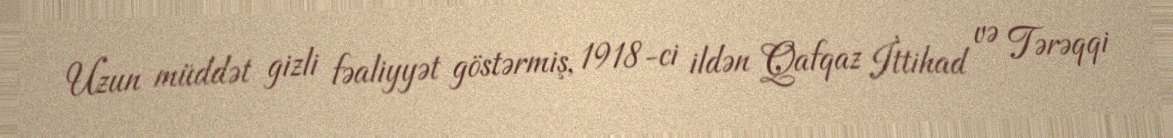
Uzun müddət gizli fəaliyyət göstərmiş, 1918-ci ildən Qafqaz İttihad və Tərəqqi